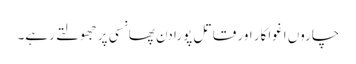
چاروں اغواکار اور قاتل پورا دن پھانسی پر جھولتے رہے۔